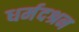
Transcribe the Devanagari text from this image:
धर्मदश्रन